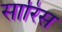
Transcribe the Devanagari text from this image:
सारिस